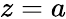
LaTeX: z=a